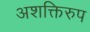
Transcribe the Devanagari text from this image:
अशक्तिरुप